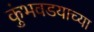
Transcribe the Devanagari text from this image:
कुंभवडयाच्या